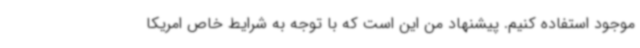
موجود استفاده کنیم. پیشنهاد من این است که با توجه به شرایط خاص امریکا